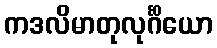
ကဒလိမာတုလုင်္ဂိယော